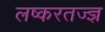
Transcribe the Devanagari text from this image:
लष्करतज्ज्ञ